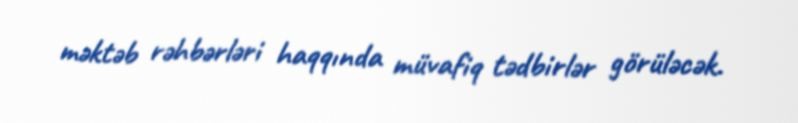
məktəb rəhbərləri haqqında müvafiq tədbirlər görüləcək.